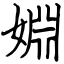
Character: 婣